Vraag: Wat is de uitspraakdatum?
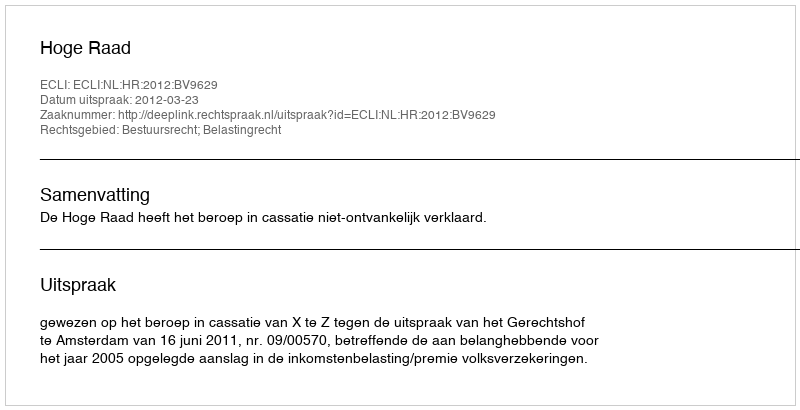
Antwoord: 2012-03-23